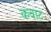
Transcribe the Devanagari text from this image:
कवाट